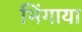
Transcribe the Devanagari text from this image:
भिंगाया